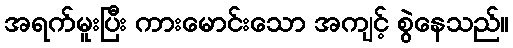
အရက်မူးပြီး ကားမောင်းသော အကျင့် စွဲနေသည်။